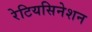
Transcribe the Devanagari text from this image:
रेटियसिनेशन